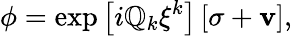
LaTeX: \phi=\exp\left[i\mathbb{Q}_{k}\xi^{k}\right]\left[\sigma+{\mathbf{v}}\right],